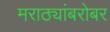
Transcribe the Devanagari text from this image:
मराठ्यांबरोबर